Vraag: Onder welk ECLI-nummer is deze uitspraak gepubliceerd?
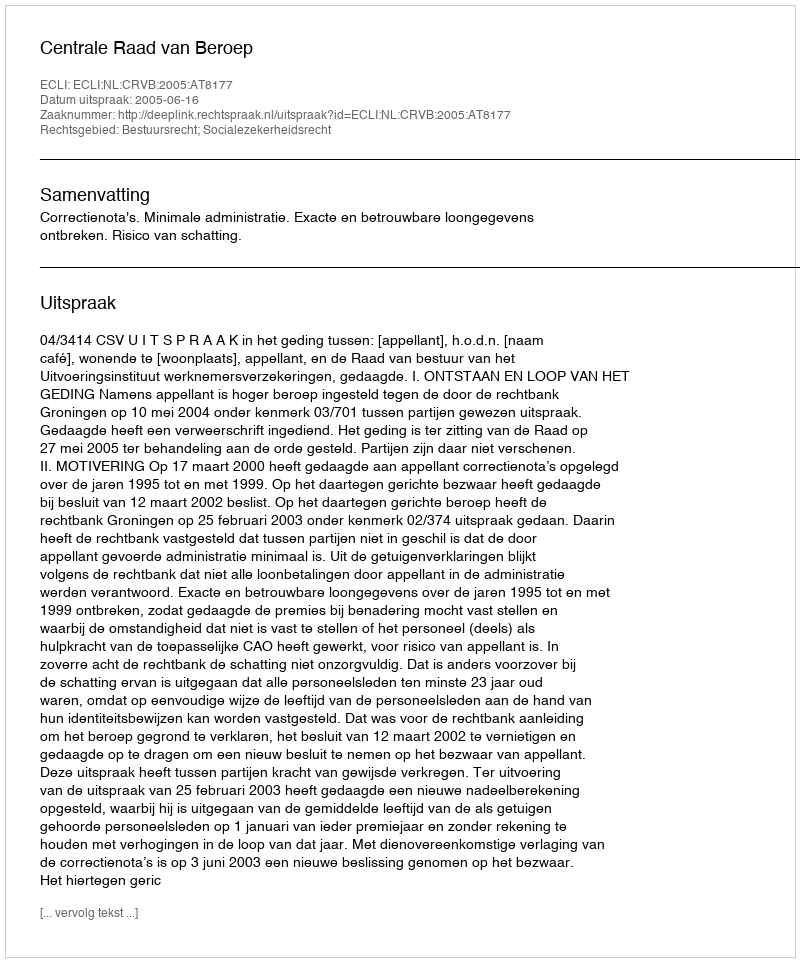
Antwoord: ECLI:NL:CRVB:2005:AT8177